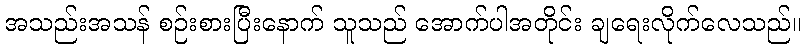
အသည်းအသန် စဉ်းစားပြီးနောက် သူသည် အောက်ပါအတိုင်း ချရေးလိုက်လေသည်။